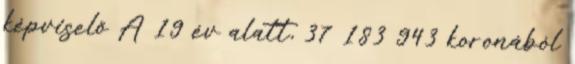
képviselő A 19 év alatt, 37 183 943 koronából